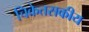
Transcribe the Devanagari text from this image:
चिकेतसकीय